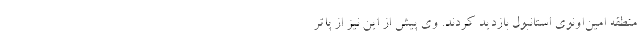
منطقه امین‌اونوی استانبول بازدید کردند. وی پیش از این نیز از پاتر